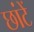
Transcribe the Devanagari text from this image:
छांटें